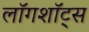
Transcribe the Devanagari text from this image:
लॉगशॉट्स